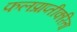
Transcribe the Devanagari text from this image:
फलप्राप्तीकरिता